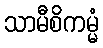
သာမီစိကမ္မံ